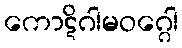
ကောဋိဂါမဝဂ္ဂေါ